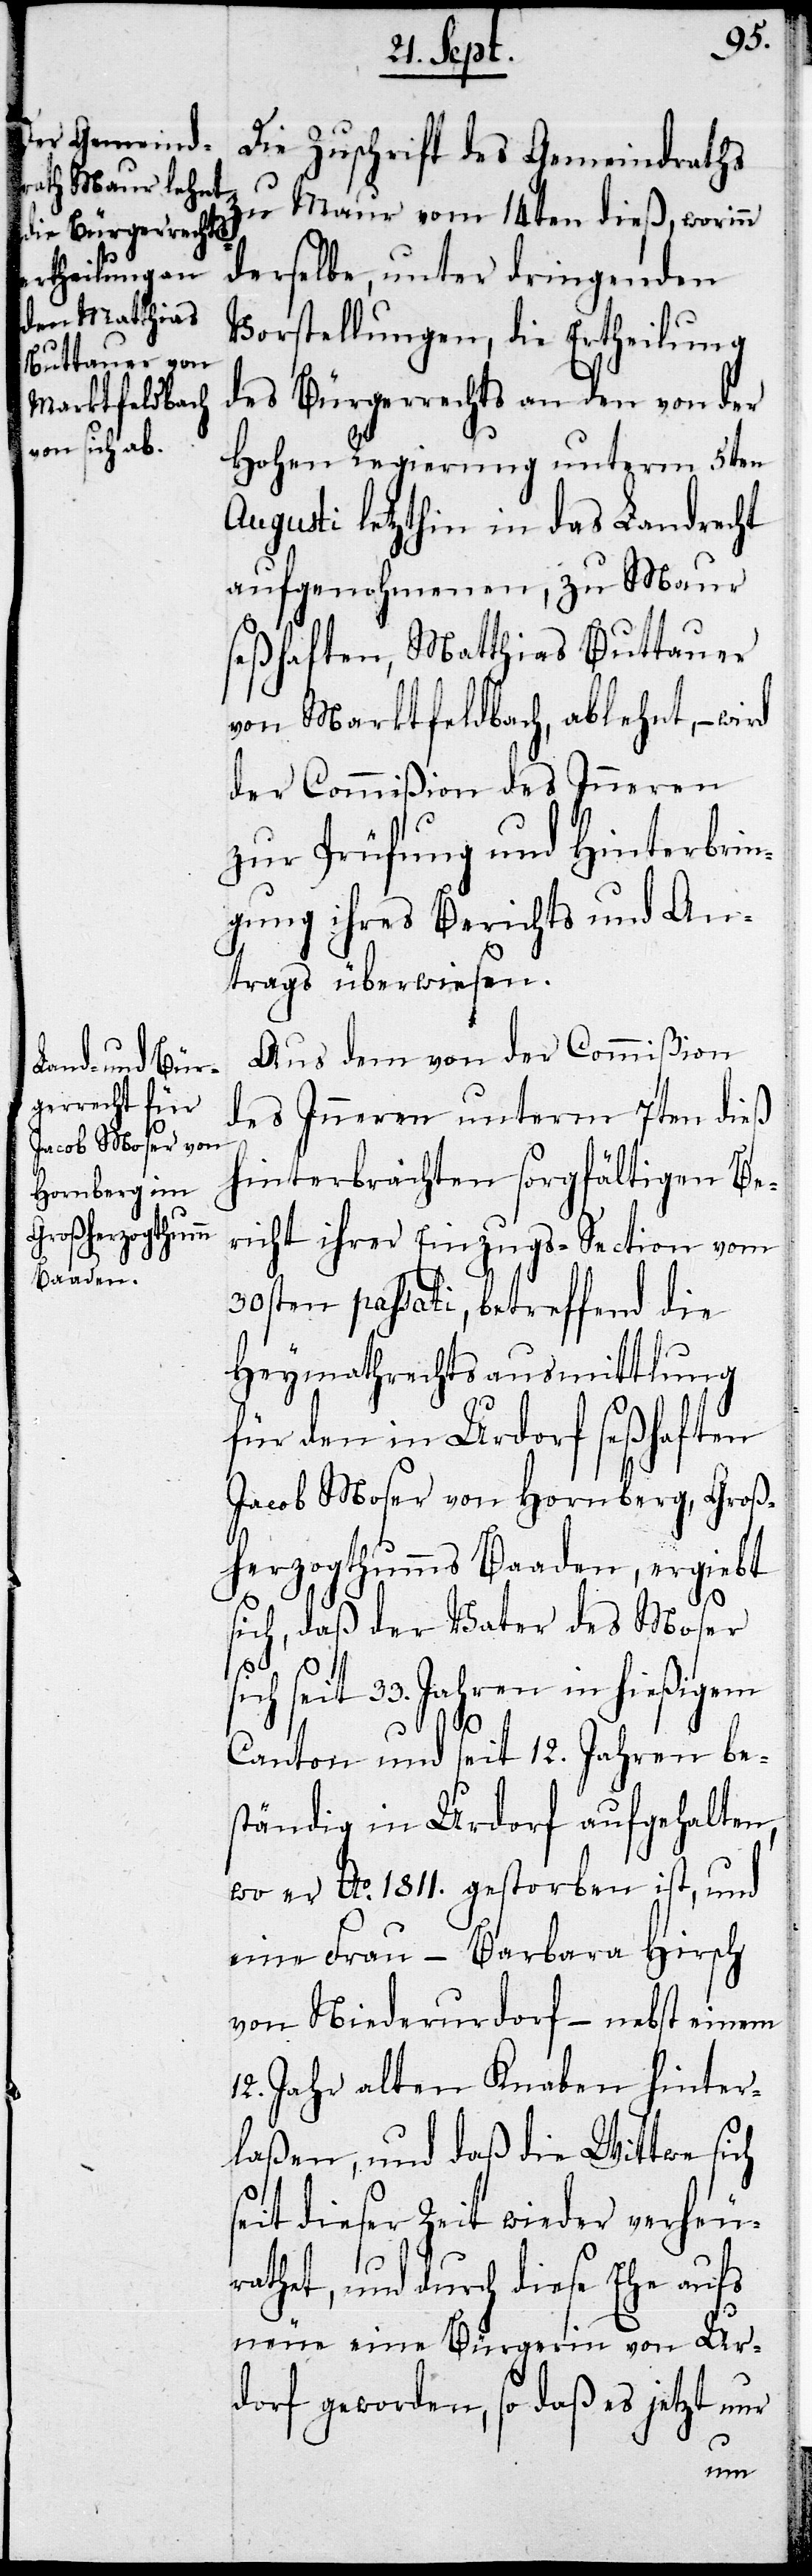
Die Zuschrift des Gemeindraths
zu Maur vom 14ten dieß, worinn
derselbe, unter dringenden
Vorstellungen, die Ertheilung
des Bürgerrechts an den von der
Hohen Regierung unterm 5ten
Augusti letzthin in das Landrecht
aufgenohmenen, zu Maur
seßhaften, Matthias Buttauer
von Marktfeldbach, ablehnt, – wird
der Commißion des Inneren
zur Prüfung und Hinterbrin¬
gung ihres Berichts und An¬
trags überwiesen.
Aus dem von der Commißion
des Inneren unterm 7ten dieß
hinterbrachten sorgfältigen Be¬
richt ihrer Einzugs-Section vom
30sten paßati, betreffend die
Heymathrechtsausmittlung
für den in Urdorf seßhaften
Jacob Moser von Hornberg, Groß¬
herzogzthumms Baaden, ergiebt
sich, daß der Vater des Moser
sich seit 33. Jahren in hießigem
Canton und seit 12. Jahren be¬
ständig in Urdorf aufgehalten,
wo er Ao. 1811gestorben ist, und
eine Frau – Barbara Hirsch
von Niederurdorf – nebst einem
12. Jahre alten Knaben hinter¬
laßen, und daß die Wittwe sich
seit dieser Zeit wieder verheu¬
rathet, und durch diese Ehe aufs
neue eine Bürgerin von Ur¬
dorf geworden, so daß es jetzt nur